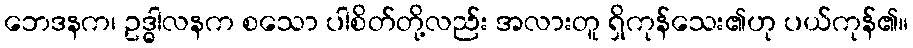
ဘေဒနက၊ ဥဒ္ဓါလနက စသော ပါစိတ်တို့လည်း အလားတူ ရှိကုန်သေး၏ဟု ပယ်ကုန်၏။